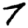
Digit: 7